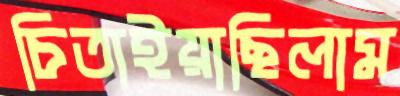
চিতাইয়াছিলাম